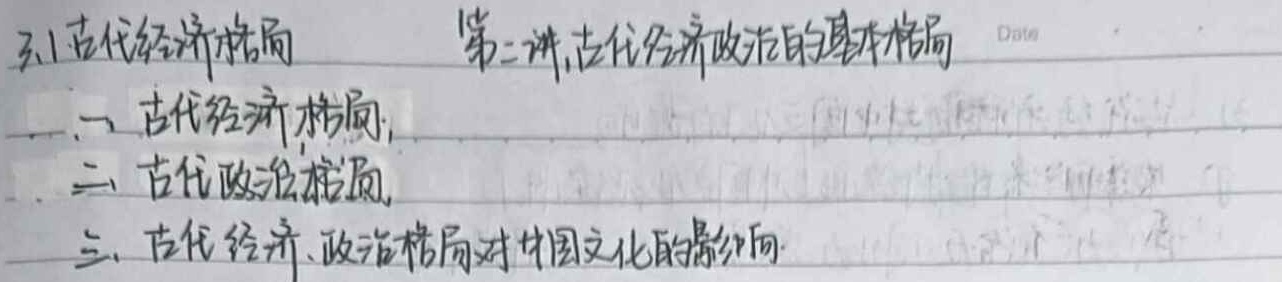
3.1古代经济格局  第二讲，古代经济政治的基本格局
一、古代经济格局
二、古代政治格局
三、古代经济、政治格局对中国文化的影响